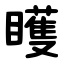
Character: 矆